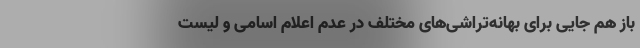
باز هم جایی برای بهانه‌تراشی‌های مختلف در عدم اعلام اسامی و لیست